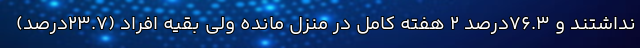
نداشتند و ۷۶.۳درصد ۲ هفته کامل در منزل مانده ولی بقیه افراد (۲۳.۷درصد)